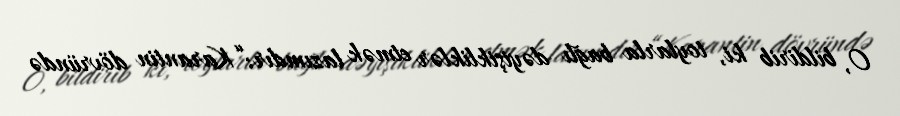
O, bildirib ki, toylarla bağlı dəyişikliklər etmək lazımdır:“Karantin dövründə